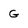
Character: G